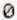
0